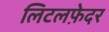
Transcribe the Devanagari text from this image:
लिटलफ़ेदर